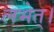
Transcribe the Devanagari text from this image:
लभेत्।